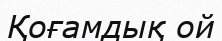
Қоғамдық ой